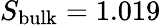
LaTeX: S_{\mathrm{bulk}}=1.019